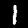
Label: 1